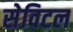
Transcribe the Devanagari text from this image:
सेविटल